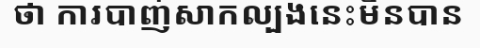
ថា ការបាញ់សាកល្បងនេះមិនបាន